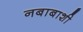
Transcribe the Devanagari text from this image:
नबाबाशी